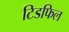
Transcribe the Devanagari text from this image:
टिडफिल